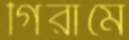
গিরামে